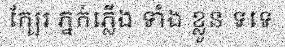
ក្បែរ ភ្នក់ភ្លើង ទាំង ខ្លួន ទទេ